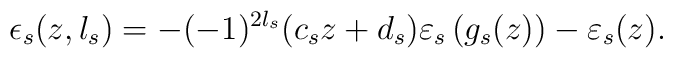
\epsilon_s(z,l_s)=-(-1)^{2l_s}(c_sz+d_s)\varepsilon_s\left(g_s(z)\right)-\varepsilon_s(z).